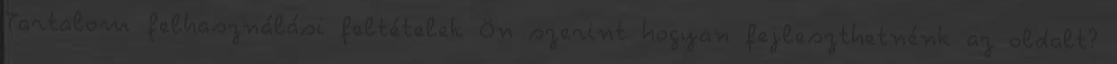
Tartalom felhasználási feltételek Ön szerint hogyan fejleszthetnénk az oldalt?